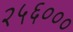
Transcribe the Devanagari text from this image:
२५६०००